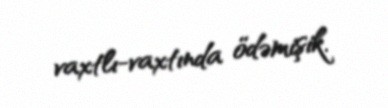
vaxtlı-vaxtında ödəmişik.